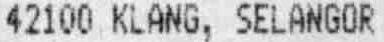
42100 KLANG, SELANGOR